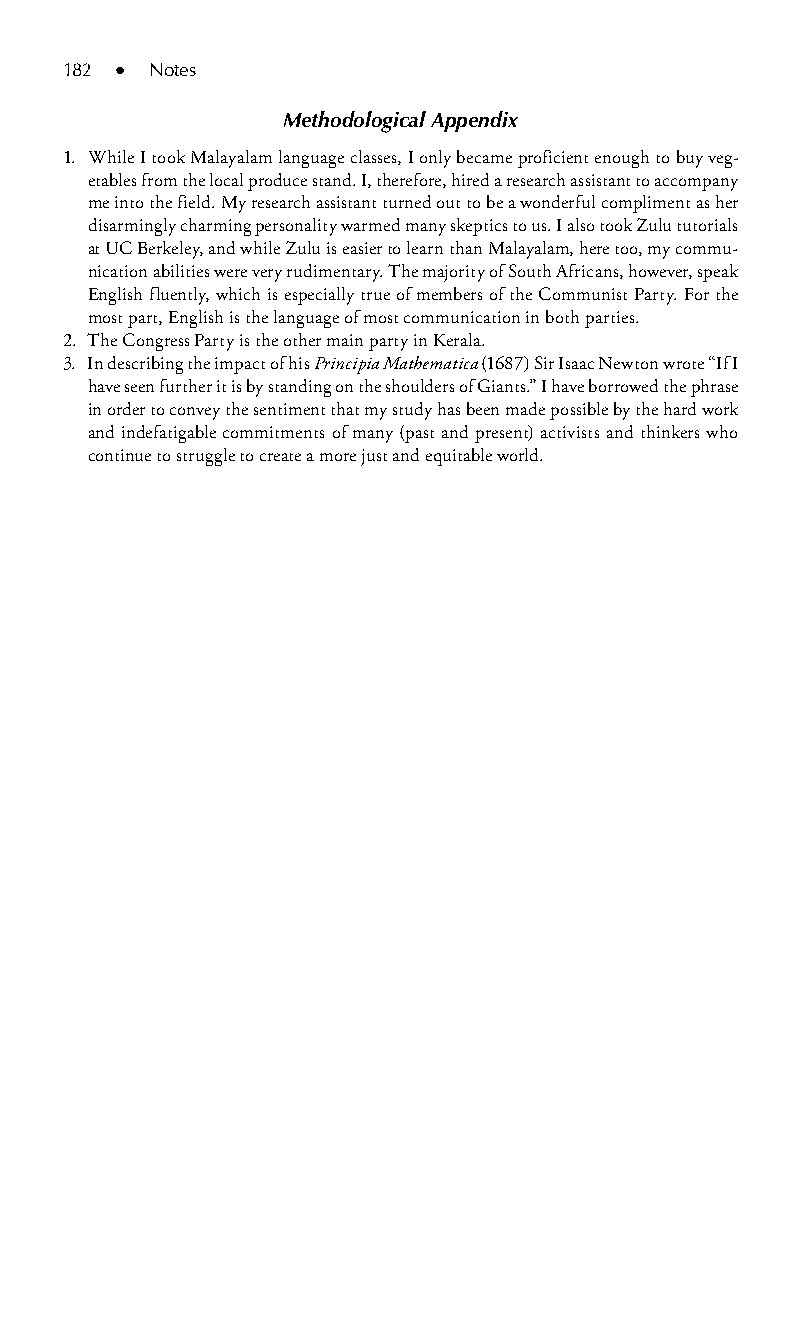
182 ● Notes
 Methodological Appendix
 1. While I took Malayalam language classes, I only became proficient enough to buy veg-
 etables from the local produce stand. I, therefore, hired a research assistant to accompany
 me into the field. My research assistant turned out to be a wonderful compliment as her
 disarmingly charming personality warmed many skeptics to us. I also took Zulu tutorials
 at UC Berkeley, and while Zulu is easier to learn than Malayalam, here too, my commu-
 nication abilities were very rudimentary. The majority of South Africans, however, speak
 English fluently, which is especially true of members of the Communist Party. For the
 most part, English is the language of most communication in both parties.
 2. The Congress Party is the other main party in Kerala.
 3. In describing the impact of his Principia Mathematica (1687) Sir Isaac Newton wrote “If I
 have seen further it is by standing on the shoulders of Giants.” I have borrowed the phrase
 in order to convey the sentiment that my study has been made possible by the hard work
 and indefatigable commitments of many (past and present) activists and thinkers who
 continue to struggle to create a more just and equitable world.
 99778800223300660066440011ttss1133..iinndddd 118822 33//2277//22000088 33::1199::3344 PPMM